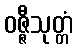
ဝဇ္ဇီသုတ္တံ